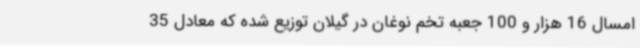
امسال 16 هزار و 100 جعبه تخم نوغان در گیلان توزیع شده که معادل 35